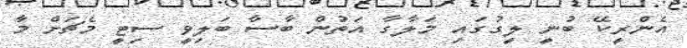
އެންރީކޭ ބުނީ ލީގުގައި މަލާގާ އަތުން ބާސާ ބަލިވީ ސިޓީ މެޗަށް މާ